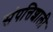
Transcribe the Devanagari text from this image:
संपत्तिशाली